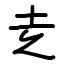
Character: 赱